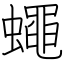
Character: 蠅